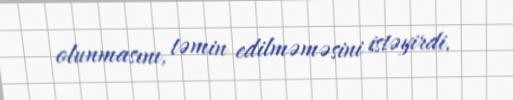
olunmasını, təmin edilməməsini istəyirdi.